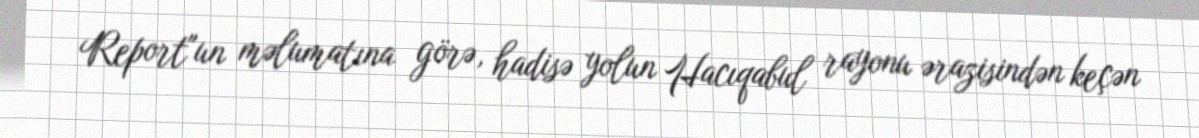
Report"un məlumatına görə, hadisə yolun Hacıqabul rayonu ərazisindən keçən